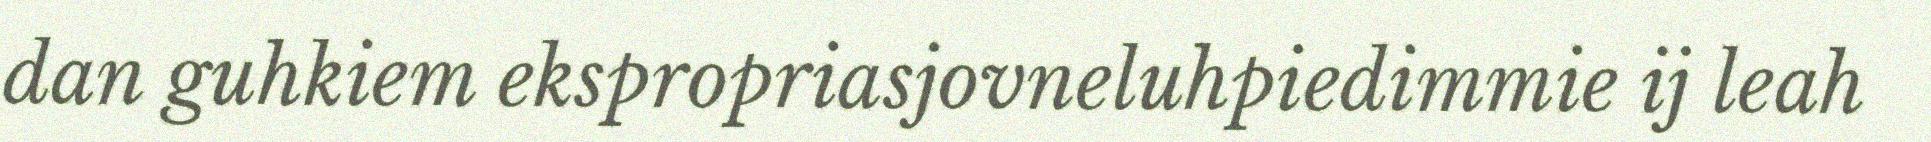
dan guhkiem ekspropriasjovneluhpiedimmie ij leah